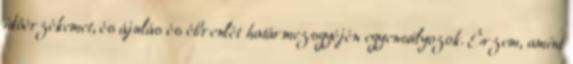
időérzékemet, és ájulás és ébrenlét határmezsgyéjén egyensúlyozok. Érzem, amint